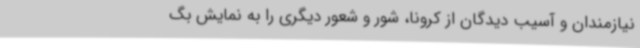
نیازمندان و آسیب دیدگان از کرونا، شور و شعور دیگری را به نمایش بگ